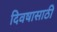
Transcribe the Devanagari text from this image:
दिवषासाठी